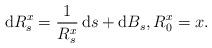
LaTeX: \begin{align*}\mathrm{d}R^x_s = \frac{1}{R^x_s}\,\mathrm{d}s + \mathrm{d}B_s,R^x_0=x.\end{align*}